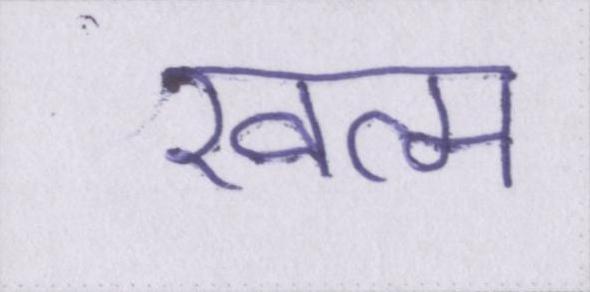
खत्म